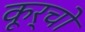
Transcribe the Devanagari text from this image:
कूर्चो